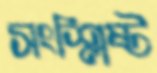
সংশ্লিষ্ট